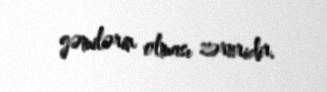
gəmilərin olması zəruridir.